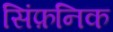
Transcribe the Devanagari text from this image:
सिंफ़निक